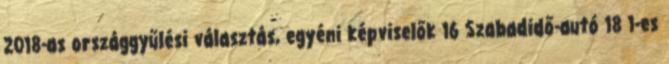
2018-as országgyűlési választás, egyéni képviselők 16 Szabadidő-autó 18 1-es